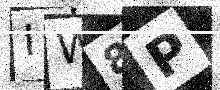
Text: IW8P